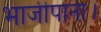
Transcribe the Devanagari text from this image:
भाजीपाना।